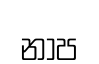
නාප